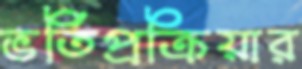
ভর্তিপ্রক্রিয়ার